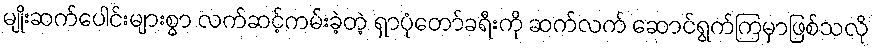
မျိုးဆက်ပေါင်းများစွာ လက်ဆင့်ကမ်းခဲ့တဲ့ ရှာပုံတော်ခရီးကို ဆက်လက် ဆောင်ရွက်ကြမှာဖြစ်သလို